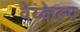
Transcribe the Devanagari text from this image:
वेय्केल्प